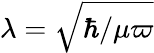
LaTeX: \lambda=\sqrt{\hbar/\mu\varpi}